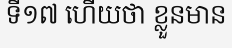
ទី១៧ ហើយថា ខ្លួនមាន